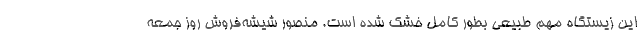
این زیستگاه مهم طبیعی بطور کامل خشک شده است. منصور شیشه‌فروش روز جمعه